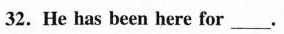
32.He has been here for ___ .